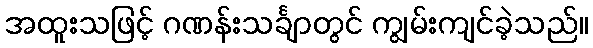
အထူးသဖြင့် ဂဏန်းသင်္ချာတွင် ကျွမ်းကျင်ခဲ့သည်။